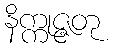
နိက္ကုဇ္ဇတု